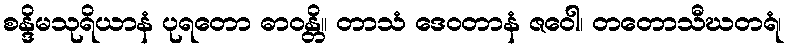
စန္ဒိမသုရိယာနံ ပုရတော ဓာဝန္တိ။ တာသံ ဒေဝတာနံ ဇဝေါ၊ တတောသီဃတရံ၊